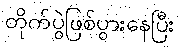
တိုက်ပွဲဖြစ်ပွားနေပြီး